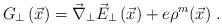
LaTeX: \begin{align*}G_{\perp}\left(\vec{x}\right)=\vec{\nabla}_{\perp}\vec{E}_{\perp}\left(\vec{x}\right)+e\rho^{m}(\vec{x}) \ .\end{align*}